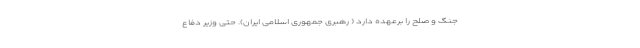
جنگ و صلح را برعهده دارد ( رهبری جمهوری اسلامی ایران). حتی وزیر دفاع